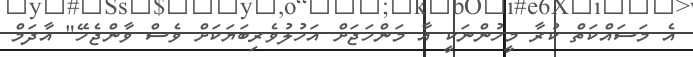
އެ މަސައްކަތް ކުރާ މީހުންނަކީ އާ މަންހަޖަށް އަހުލުވެރިބަޔަކަށް ވެސް ވާންޖެހޭ" އާދަމް